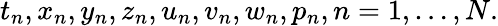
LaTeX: t_{n},x_{n},y_{n},z_{n},u_{n},v_{n},w_{n},p_{n},n=1,\ldots,N.